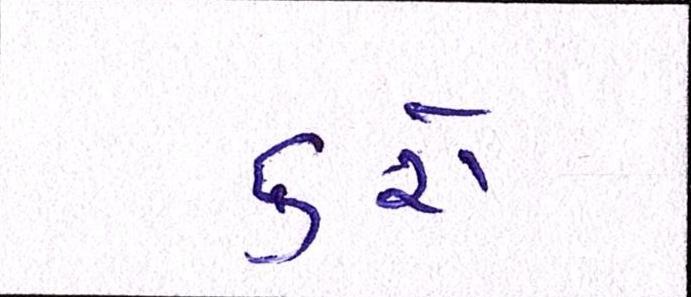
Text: કરો